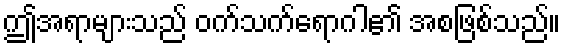
ဤအရာများသည် ဝက်သက်ရောဂါ၏ အစဖြစ်သည်။